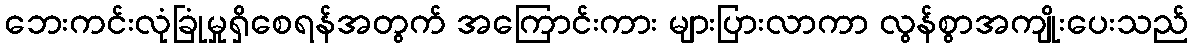
ဘေးကင်းလုံခြုံမှုရှိစေရန်အတွက် အကြောင်းကား များပြားလာကာ လွန်စွာအကျိုးပေးသည်